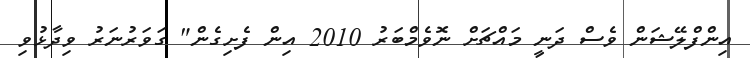
އިންފްލޭޝަން ވެސް ދަނީ މައްޗަށް ނޮވެމްބަރު 2010 އިން ފެށިގެން" ގަވަރުނަރު ވިދާޅުވި